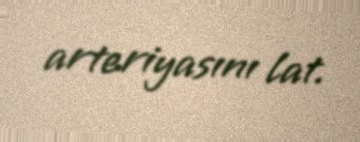
arteriyasını lat.